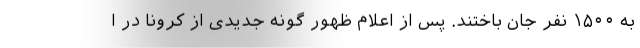
به ۱۵۰۰ نفر جان باختند. پس از اعلام ظهور گونه جدیدی از کرونا در ا